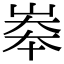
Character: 𡘶